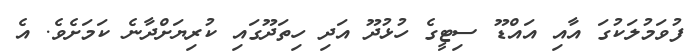
ފުވަމުލަކުގަ އާއި އައްޑޫ ސިޓީގެ ހުޅުދޫ އަދި ހިތަދޫގައި ކުރިޔަށްދާނެ ކަމަށެވެ. އެ